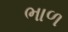
ભાળ